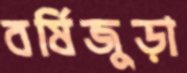
বর্ষিজুড়া